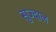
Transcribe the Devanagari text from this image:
सुज्दाल